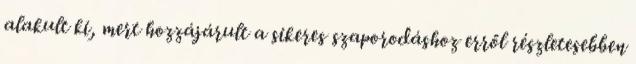
alakult ki, mert hozzájárult a sikeres szaporodáshoz erről részletesebben